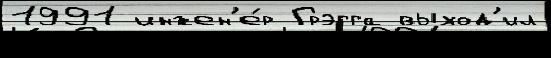
1991 инжен'е́р Грэгга выход'ил